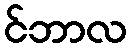
င်ဘာလ